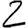
Digit: 2